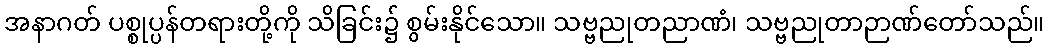
အနာဂတ် ပစ္စုပ္ပန်တရားတို့ကို သိခြင်း၌ စွမ်းနိုင်သော။ သဗ္ဗညုတညာဏံ၊ သဗ္ဗညုတာဉာဏ်တော်သည်။